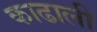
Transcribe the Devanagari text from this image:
काढाली